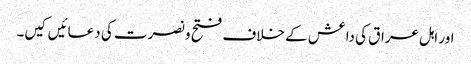
اور اہل عراق کی داعش کے خلاف فتح و نصرت کی دعائیں کیں۔